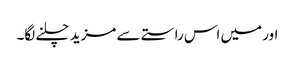
اور میں اس راستے سے مزید چلنے لگا۔